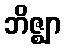
ဘိဇ္ဈာ